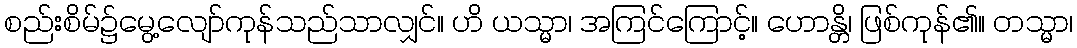
စည်းစိမ်၌မွေ့လျော်ကုန်သည်သာလျှင်။ ဟိ ယသ္မာ၊ အကြင်ကြောင့်။ ဟောန္တိ၊ ဖြစ်ကုန်၏။ တသ္မာ၊